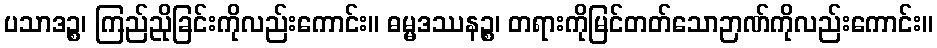
ပသာဒဉ္စ၊ ကြည်ညိုခြင်းကိုလည်းကောင်း။ ဓမ္မဒဿနဉ္စ၊ တရားကိုမြင်တတ်သောဉာဏ်ကိုလည်းကောင်း။